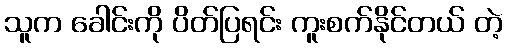
သူက ခေါင်းကို ပိတ်ပြရင်း ကူးစက်နိုင်တယ် တဲ့